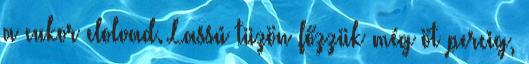
a cukor elolvad. Lassú tüzön főzzük még öt percig,